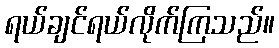
ရယ်ချင်ရယ်လိုက်ကြသည်။